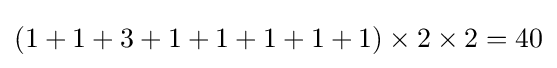
(1+1+3+1+1+1+1+1)\times 2\times 2=40